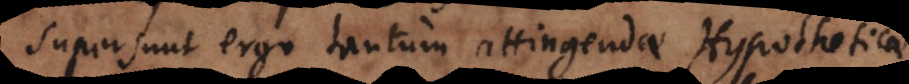
Supersunt ergo tantum attingendae Hypotheticae